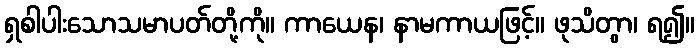
ရှစါပါးသောသမာပတ်တို့ကို။ ကာယေန၊ နာမကာယဖြင့်။ ဖုသိတွာ၊ ရ၍။